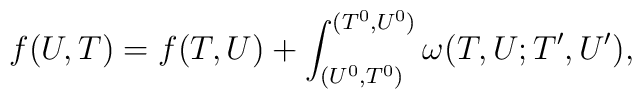
f(U,T)=f(T,U)+\int_{(U^0,T^0)}^{(T^0,U^0)}\omega(T,U;T',U'),